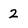
Character: 2